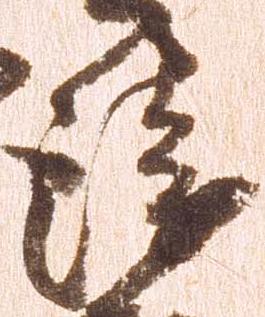
衛